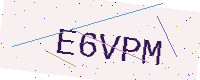
Text: E6VPM